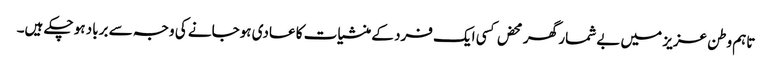
تاہم وطن عزیز میں بے شمار گھر محض کسی ایک فرد کے منشیات کا عادی ہوجانے کی وجہ سے برباد ہو چکے ہیں۔